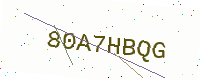
Text: 80A7HBQG